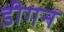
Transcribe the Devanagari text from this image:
डीगन